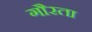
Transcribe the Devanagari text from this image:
गौरता